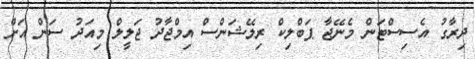
ދިރާގު އެސިސްޓަން މެނޭޖާ ޕަބްލިކް ރިލޭޝަންސް އިމްޖާދު ޖަލީލް މިއަދު ސަން އަށް